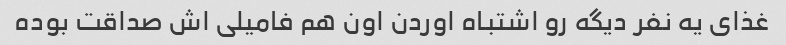
غذای یه نفر دیگه رو اشتباه اوردن اون هم فامیلی اش صداقت بوده